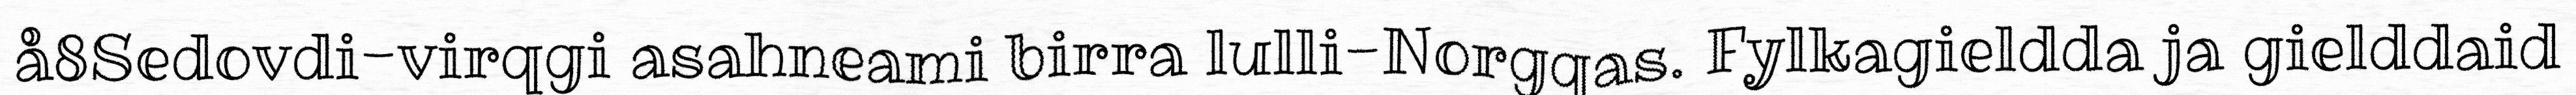
å8Sedovdi-virqgi asahneami birra lulli-Norgqas. Fylkagieldda ja gielddaid